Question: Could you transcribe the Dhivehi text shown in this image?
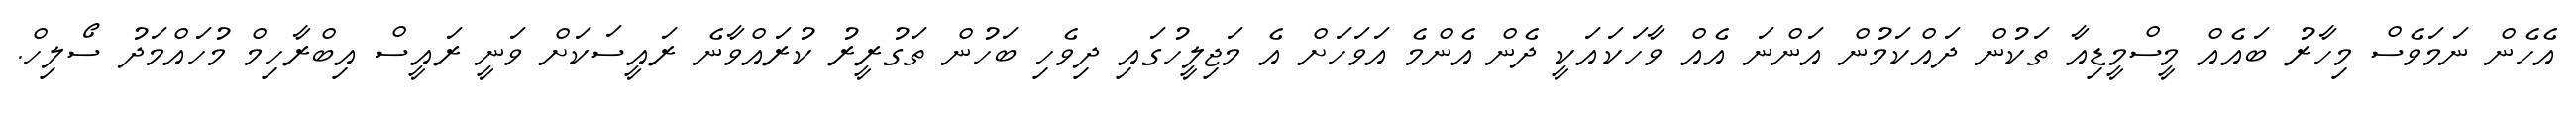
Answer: އެހެން ނަމަވެސް މިހާރު ބައެއް މީސްމީޑިއާ ތަކުން ދައްކަމުން އަންނަ އެއް ވާހަކައަކީ ދެން އެންމެ އަވަހަށް އެ މަޖިލީހުގައި ދިވެހި ބަހުން ތަގުރީރު ކުރައްވާނެ ރައީސަކަށް ވަނީ ރައީސް އިބްރާހިމް މުހައްމަދު ސޯލިހް.